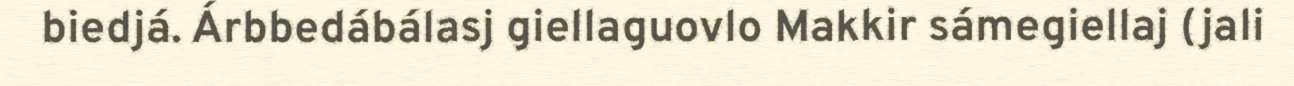
biedjá. Árbbedábálasj giellaguovlo Makkir sámegiellaj (jali